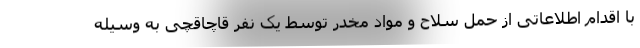
با اقدام اطلاعاتی از حمل سلاح و مواد مخدر توسط یک نفر قاچاقچی به وسیله